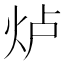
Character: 𱪵